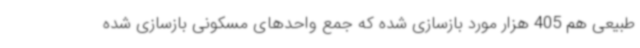
طبیعی هم 405 هزار مورد بازسازی شده که جمع واحدهای مسکونی بازسازی شده